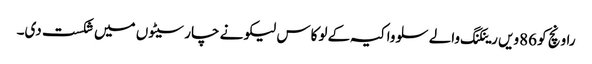
راونچ کو 86ویں رینکنگ والے سلوواکیہ کے لوکاس لیکو نے چار سیٹوں میں شکست دی۔